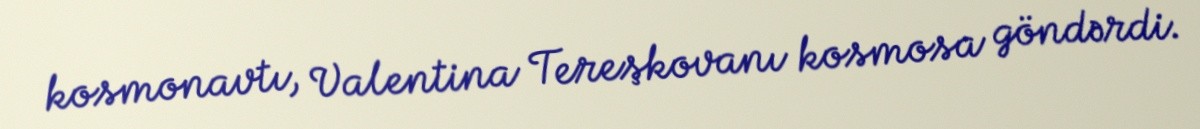
kosmonavtı, Valentina Tereşkovanı kosmosa göndərdi.